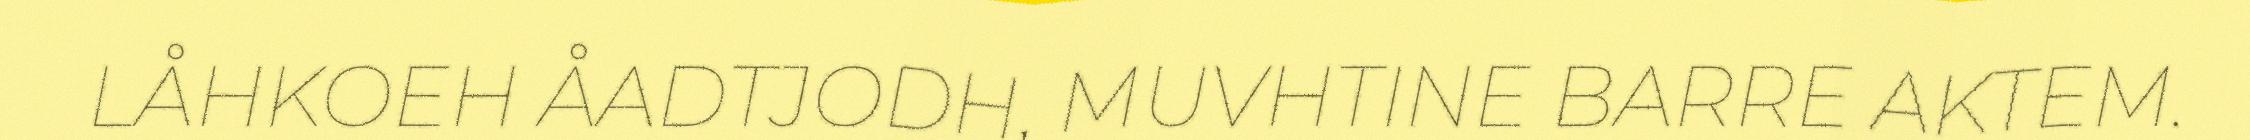
LÅHKOEH ÅADTJODH, MUVHTINE BARRE AKTEM.